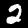
Digit: 2